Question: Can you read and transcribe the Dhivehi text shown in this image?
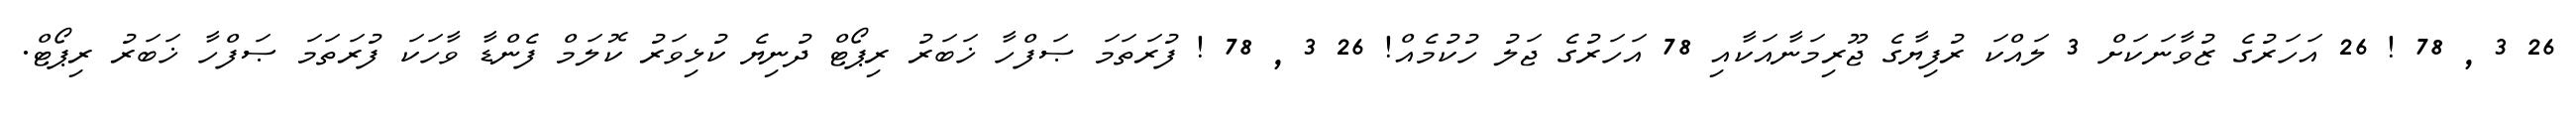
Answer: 26 3 , 78 ! 26 އަހަރުގެ ޒުވާނަކަށް 3 ލައްކަ ރުފިޔާގެ ޖޫރިމަނާއަކާއި 78 އަހަރުގެ ޖަލު ހުކުމެއް! 26 3 , 78 ! ފުރަތަމަ ޞަފްހާ ޚަބަރު ރިޕޯޓް ދުނިޔެ ކުޅިވަރު ކޮލަމް ފެންޑާ ވާހަކަ ފުރަތަމަ ޞަފްހާ ޚަބަރު ރިޕޯޓް.